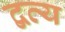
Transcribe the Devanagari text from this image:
द्वव्य